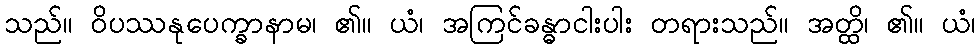
သည်။ ဝိပဿနုပေက္ခာနာမ၊ ၏။ ယံ၊ အကြင်ခန္ဓာငါးပါး တရားသည်။ အတ္ထိ၊ ၏။ ယံ၊